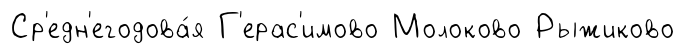
Ср'едн'егодова́я Г'ерас'имово Молоково Рыжиково